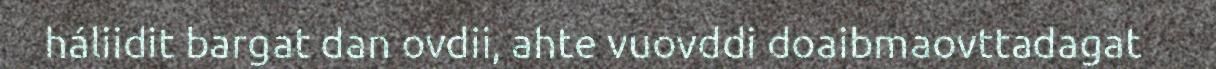
háliidit bargat dan ovdii, ahte vuovddi doaibmaovttadagat